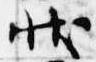
状